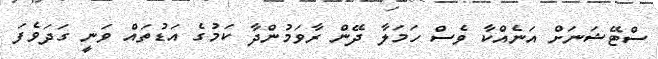
ސްޓޭޝަނަށް އަނެއްކާ ވެސް ހަމަލާ ދޭން ރާވަމުންދާ ކަމުގެ އަޑުތައް ވަނީ ގަދަވެފަ